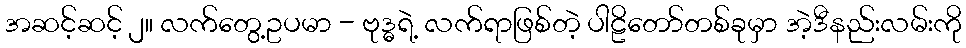
အဆင့်ဆင့် ၂။ လက်တွေ့ဥပမာ - ဗုဒ္ဓရဲ့ လက်ရာဖြစ်တဲ့ ပါဠိတော်တစ်ခုမှာ အဲ့ဒီနည်းလမ်းကို